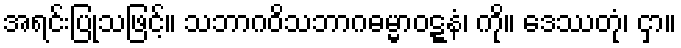
အရင်းပြုသဖြင့်။ သဘာဂဝိသဘာဂဓမ္မာဝဋ္ဋနံ၊ ကို။ ဒေဿတုံ၊ ငှာ။